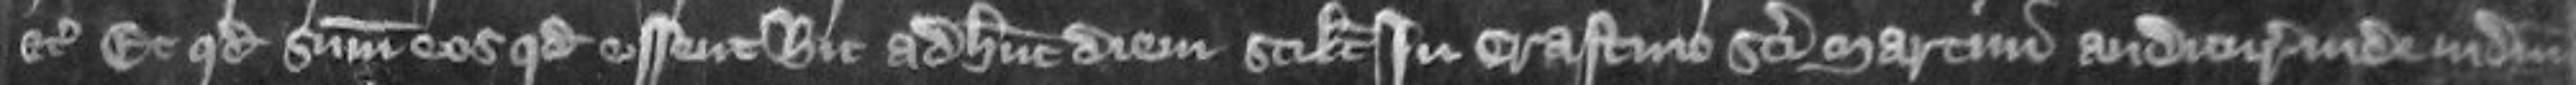
etc Et quod summoniret eos quod essent hic adhunc diem scilicet in crastino Sancti Martini audituri inde judicium